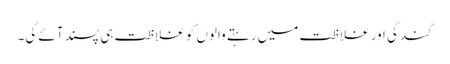
گندگی اور غلاظت میں رہتے والوں کو غلاظت ہی پسند آئے گی۔